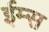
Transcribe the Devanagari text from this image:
ईम्स